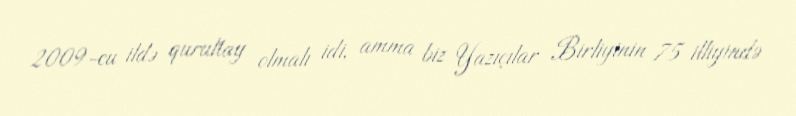
2009-cu ildə qurultay olmalı idi, amma biz Yazıçılar Birliyinin 75 illiyində